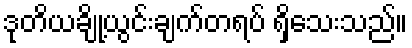
ဒုတိယချို့ယွင်းချက်တရပ် ရှိသေးသည်။